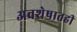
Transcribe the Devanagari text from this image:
अवशेषातही